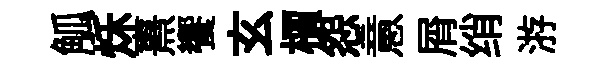
觚秌熹饗玄檟怨意屑绡㳺